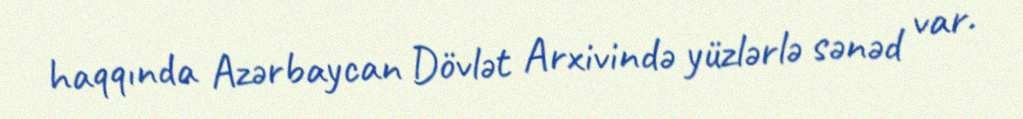
haqqında Azərbaycan Dövlət Arxivində yüzlərlə sənəd var.